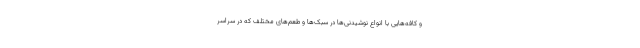
و کافه‌هایی با انواع نوشیدنی‌ها در سبک‌ها و طعم‌های مختلف که در سراسر